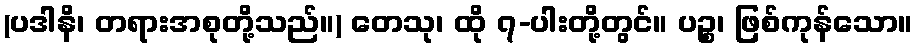
(ပဒါနိ၊ တရားအစုတို့သည်။) တေသု၊ ထို ၇-ပါးတို့တွင်။ ပဉ္စ၊ ဖြစ်ကုန်သော။